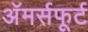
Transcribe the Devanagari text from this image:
अॅमर्सफूर्ट